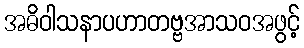
အဓိဝါသနာပဟာတဗ္ဗအာသဝအဖွင့်